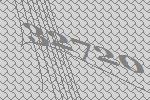
32720